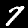
Digit: 7